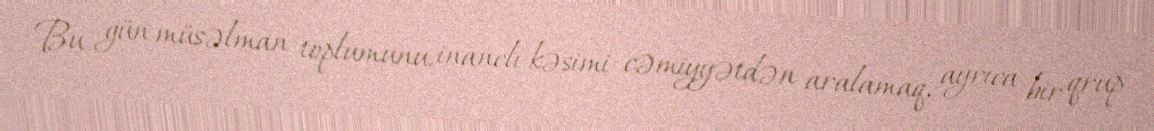
Bu gün müsəlman toplumunu, inanclı kəsimi cəmiyyətdən aralamaq, ayrıca bir qrup